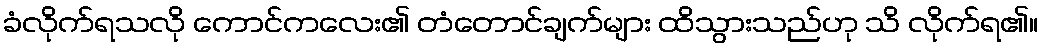
ခံလိုက်ရသလို ကောင်ကလေး၏ တံတောင်ချက်များ ထိသွားသည်ဟု သိ လိုက်ရ၏။